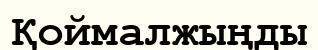
Қоймалжыңды